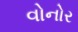
વોનોર